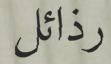
رذائل